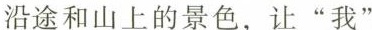
沿途和山上的景色，让”我”